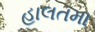
હાલતમા